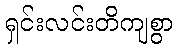
ရှင်းလင်းတိကျစွာ